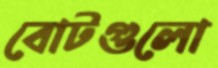
বোটগুলো